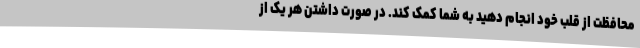
محافظت از قلب خود انجام دهید به شما کمک کند. در صورت داشتن هر یک از